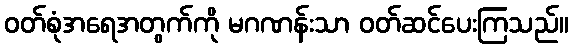
ဝတ်စုံအရေအတွက်ကို မဂဏန်းသာ ဝတ်ဆင်ပေးကြသည်။